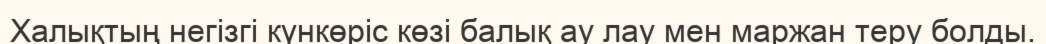
Халықтың негізгі күнкөріс көзі балық ау лау мен маржан теру болды.